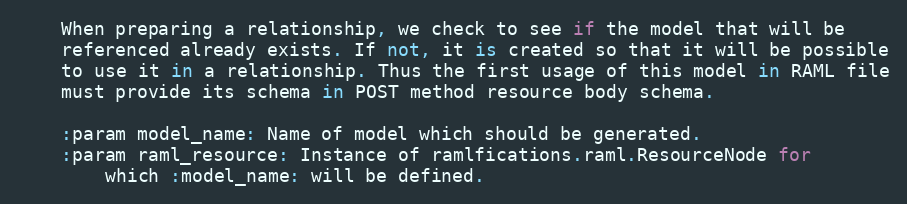
Language: Python
    When preparing a relationship, we check to see if the model that will be
    referenced already exists. If not, it is created so that it will be possible
    to use it in a relationship. Thus the first usage of this model in RAML file
    must provide its schema in POST method resource body schema.

    :param model_name: Name of model which should be generated.
    :param raml_resource: Instance of ramlfications.raml.ResourceNode for
        which :model_name: will be defined.